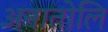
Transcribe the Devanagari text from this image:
अनातोलि